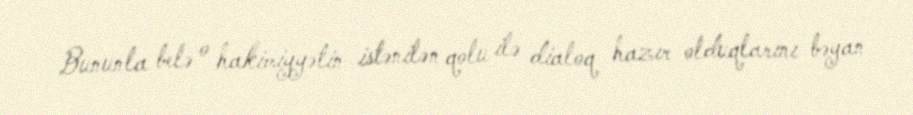
Bununla belə o hakimiyyətin istənilən qolu ilə dialoq hazır olduqlarını bəyan